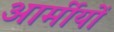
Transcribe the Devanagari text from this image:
आर्मीयों